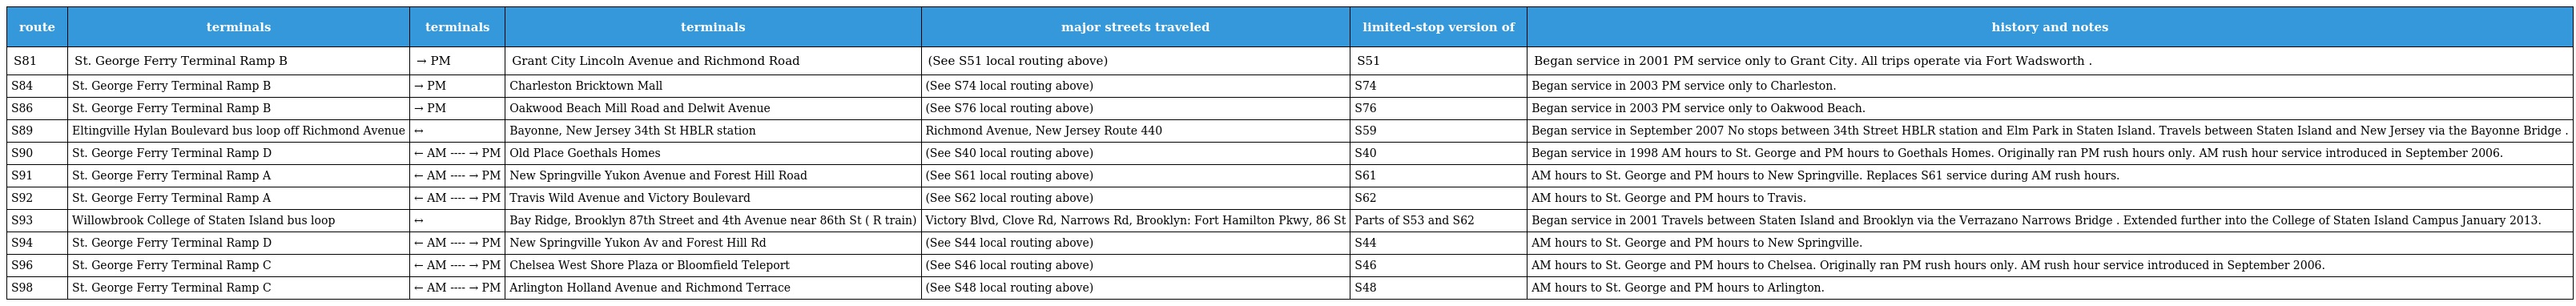
| route | terminals | terminals | terminals | major streets traveled | limited-stop version of | history and notes |
 | --- | --- | --- | --- | --- | --- | --- |
 | S81 | St. George Ferry Terminal Ramp B | → PM | Grant City Lincoln Avenue and Richmond Road | (See S51 local routing above) | S51 | Began service in 2001 PM service only to Grant City. All trips operate via Fort Wadsworth . |
 | S84 | St. George Ferry Terminal Ramp B | → PM | Charleston Bricktown Mall | (See S74 local routing above) | S74 | Began service in 2003 PM service only to Charleston. |
 | S86 | St. George Ferry Terminal Ramp B | → PM | Oakwood Beach Mill Road and Delwit Avenue | (See S76 local routing above) | S76 | Began service in 2003 PM service only to Oakwood Beach. |
 | S89 | Eltingville Hylan Boulevard bus loop off Richmond Avenue | ↔ | Bayonne, New Jersey 34th St HBLR station | Richmond Avenue, New Jersey Route 440 | S59 | Began service in September 2007 No stops between 34th Street HBLR station and Elm Park in Staten Island. Travels between Staten Island and New Jersey via the Bayonne Bridge . |
 | S90 | St. George Ferry Terminal Ramp D | ← AM ---- → PM | Old Place Goethals Homes | (See S40 local routing above) | S40 | Began service in 1998 AM hours to St. George and PM hours to Goethals Homes. Originally ran PM rush hours only. AM rush hour service introduced in September 2006. |
 | S91 | St. George Ferry Terminal Ramp A | ← AM ---- → PM | New Springville Yukon Avenue and Forest Hill Road | (See S61 local routing above) | S61 | AM hours to St. George and PM hours to New Springville. Replaces S61 service during AM rush hours. |
 | S92 | St. George Ferry Terminal Ramp A | ← AM ---- → PM | Travis Wild Avenue and Victory Boulevard | (See S62 local routing above) | S62 | AM hours to St. George and PM hours to Travis. |
 | S93 | Willowbrook College of Staten Island bus loop | ↔ | Bay Ridge, Brooklyn 87th Street and 4th Avenue near 86th St ( R train) | Victory Blvd, Clove Rd, Narrows Rd, Brooklyn: Fort Hamilton Pkwy, 86 St | Parts of S53 and S62 | Began service in 2001 Travels between Staten Island and Brooklyn via the Verrazano Narrows Bridge . Extended further into the College of Staten Island Campus January 2013. |
 | S94 | St. George Ferry Terminal Ramp D | ← AM ---- → PM | New Springville Yukon Av and Forest Hill Rd | (See S44 local routing above) | S44 | AM hours to St. George and PM hours to New Springville. |
 | S96 | St. George Ferry Terminal Ramp C | ← AM ---- → PM | Chelsea West Shore Plaza or Bloomfield Teleport | (See S46 local routing above) | S46 | AM hours to St. George and PM hours to Chelsea. Originally ran PM rush hours only. AM rush hour service introduced in September 2006. |
 | S98 | St. George Ferry Terminal Ramp C | ← AM ---- → PM | Arlington Holland Avenue and Richmond Terrace | (See S48 local routing above) | S48 | AM hours to St. George and PM hours to Arlington. |